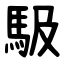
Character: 馺